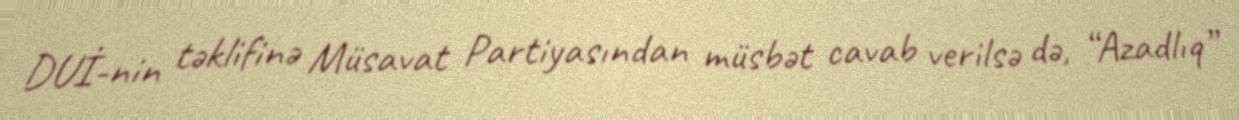
DUİ-nin təklifinə Müsavat Partiyasından müsbət cavab verilsə də, “Azadlıq”